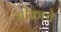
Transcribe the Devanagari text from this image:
चीकाचे